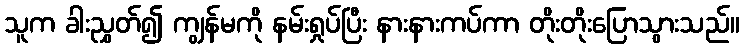
သူက ခါးညွှတ်၍ ကျွန်မကို နမ်းရှုပ်ပြီး နားနားကပ်ကာ တိုးတိုးပြောသွားသည်။